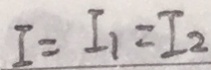
I = I _ { 1 } = I _ { 2 }